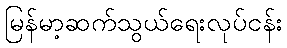
မြန်မာ့ဆက်သွယ်ရေးလုပ်ငန်း